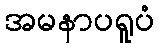
အမနာပရူပံ